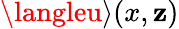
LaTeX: \langleu\rangle(x,\mathbf{z})